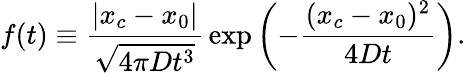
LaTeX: f(t)\equiv{\frac{|x_{c}-x_{0}|}{\sqrt{4\pi Dt^{3}}}}\exp\left(-{\frac{(x_{c}-x_{0})^{2}}{4Dt}}\right).